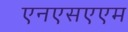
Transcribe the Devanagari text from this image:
एनएसएएम